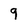
Character: 9